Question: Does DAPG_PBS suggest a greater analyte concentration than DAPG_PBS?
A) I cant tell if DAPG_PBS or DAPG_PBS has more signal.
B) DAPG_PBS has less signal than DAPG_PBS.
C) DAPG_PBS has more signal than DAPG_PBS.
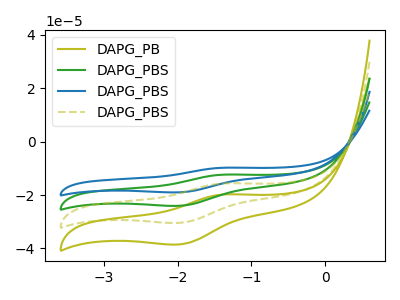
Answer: <think>The olive curve "DAPG_PB" has an anodic peak at (-1.35V, -37.05uA) and a cathodic peak at (-2.00V, -72.15uA). The green curve "DAPG_PBS" has an anodic peak at (-1.35V, -12.35uA) and a cathodic peak at (-2.00V, -24.05uA). The blue curve "DAPG_PBS" has an anodic peak at (-1.35V, -9.75uA) and a cathodic peak at (-2.00V, -19.00uA). The olive dashed curve "DAPG_PBS" has an anodic peak at (-1.35V, -24.70uA) and a cathodic peak at (-2.00V, -48.10uA).
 All the peaks in "DAPG_PBS" have a peak in "DAPG_PBS" at the same potential.</think>
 <answer>A) I cant tell if "DAPG_PBS" or "DAPG_PBS" has more signal.</answer>
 <eval>A</eval>